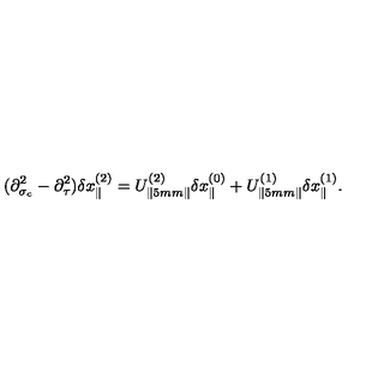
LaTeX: ( \partial _ { \sigma _ { c } } ^ { 2 } - \partial _ { \tau } ^ { 2 } ) \delta x _ { \parallel } ^ { ( 2 ) } = U _ { \parallel \hspace * { . 5 m m } \parallel } ^ { ( 2 ) } \delta x _ { \parallel } ^ { ( 0 ) } + U _ { \parallel \hspace * { . 5 m m } \parallel } ^ { ( 1 ) } \delta x _ { \parallel } ^ { ( 1 ) } .